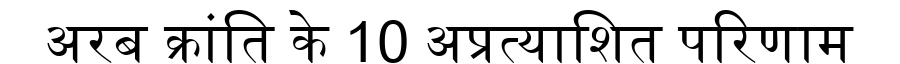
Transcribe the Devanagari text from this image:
अरब क्रांति के 10 अप्रत्याशित परिणाम